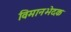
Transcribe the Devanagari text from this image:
विमानभेदक